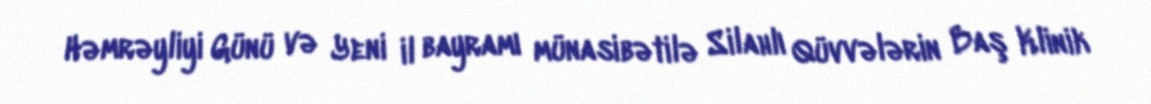
Həmrəyliyi Günü və Yeni il bayramı münasibətilə Silahlı Qüvvələrin Baş Klinik